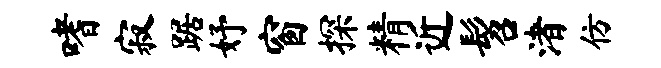
嗜寂踞妤窗探精近髫渚仿